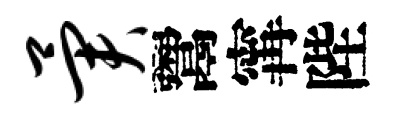
异鬻𡩋陛